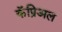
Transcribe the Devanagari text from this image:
कॅप्रिअल